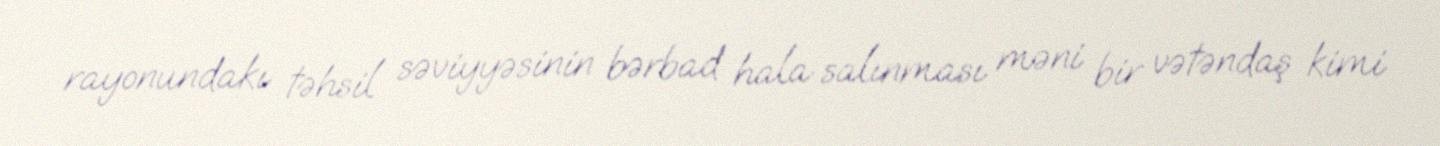
rayonundakı təhsil səviyyəsinin bərbad hala salınması məni bir vətəndaş kimi